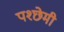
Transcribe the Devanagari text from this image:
पश्छेमी